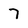
Character: 7